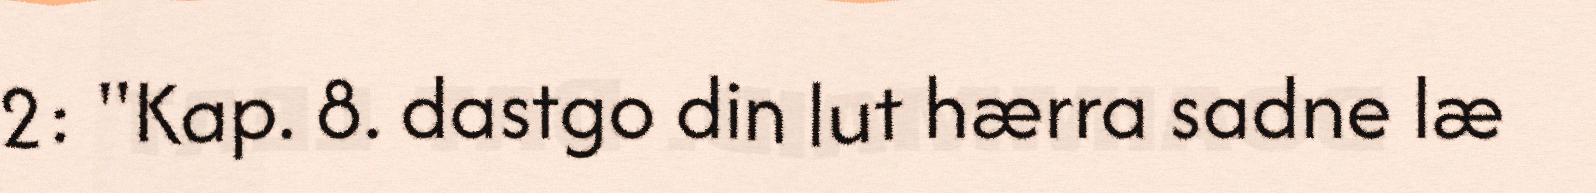
2: "Kap. 8. dastgo din lut hærra sadne læ